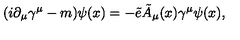
( i \partial _ { \mu } \gamma ^ { \mu } - m ) \psi ( x ) = - { \tilde { e } } { \tilde { A } } _ { \mu } ( x ) \gamma ^ { \mu } \psi ( x ) ,